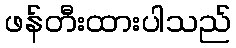
ဖန်တီးထားပါသည်